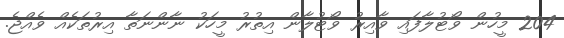
204 މީހުން ވޯޓުލާފައި ވާއިރު ވޯޓުލާން އިތުރު މީހަކު ނާންނަތާ އިރުތަކެއް ވެއްޖެ.